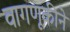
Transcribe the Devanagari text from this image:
वागणूकीने